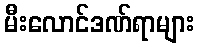
မီးလောင်ဒဏ်ရာများ